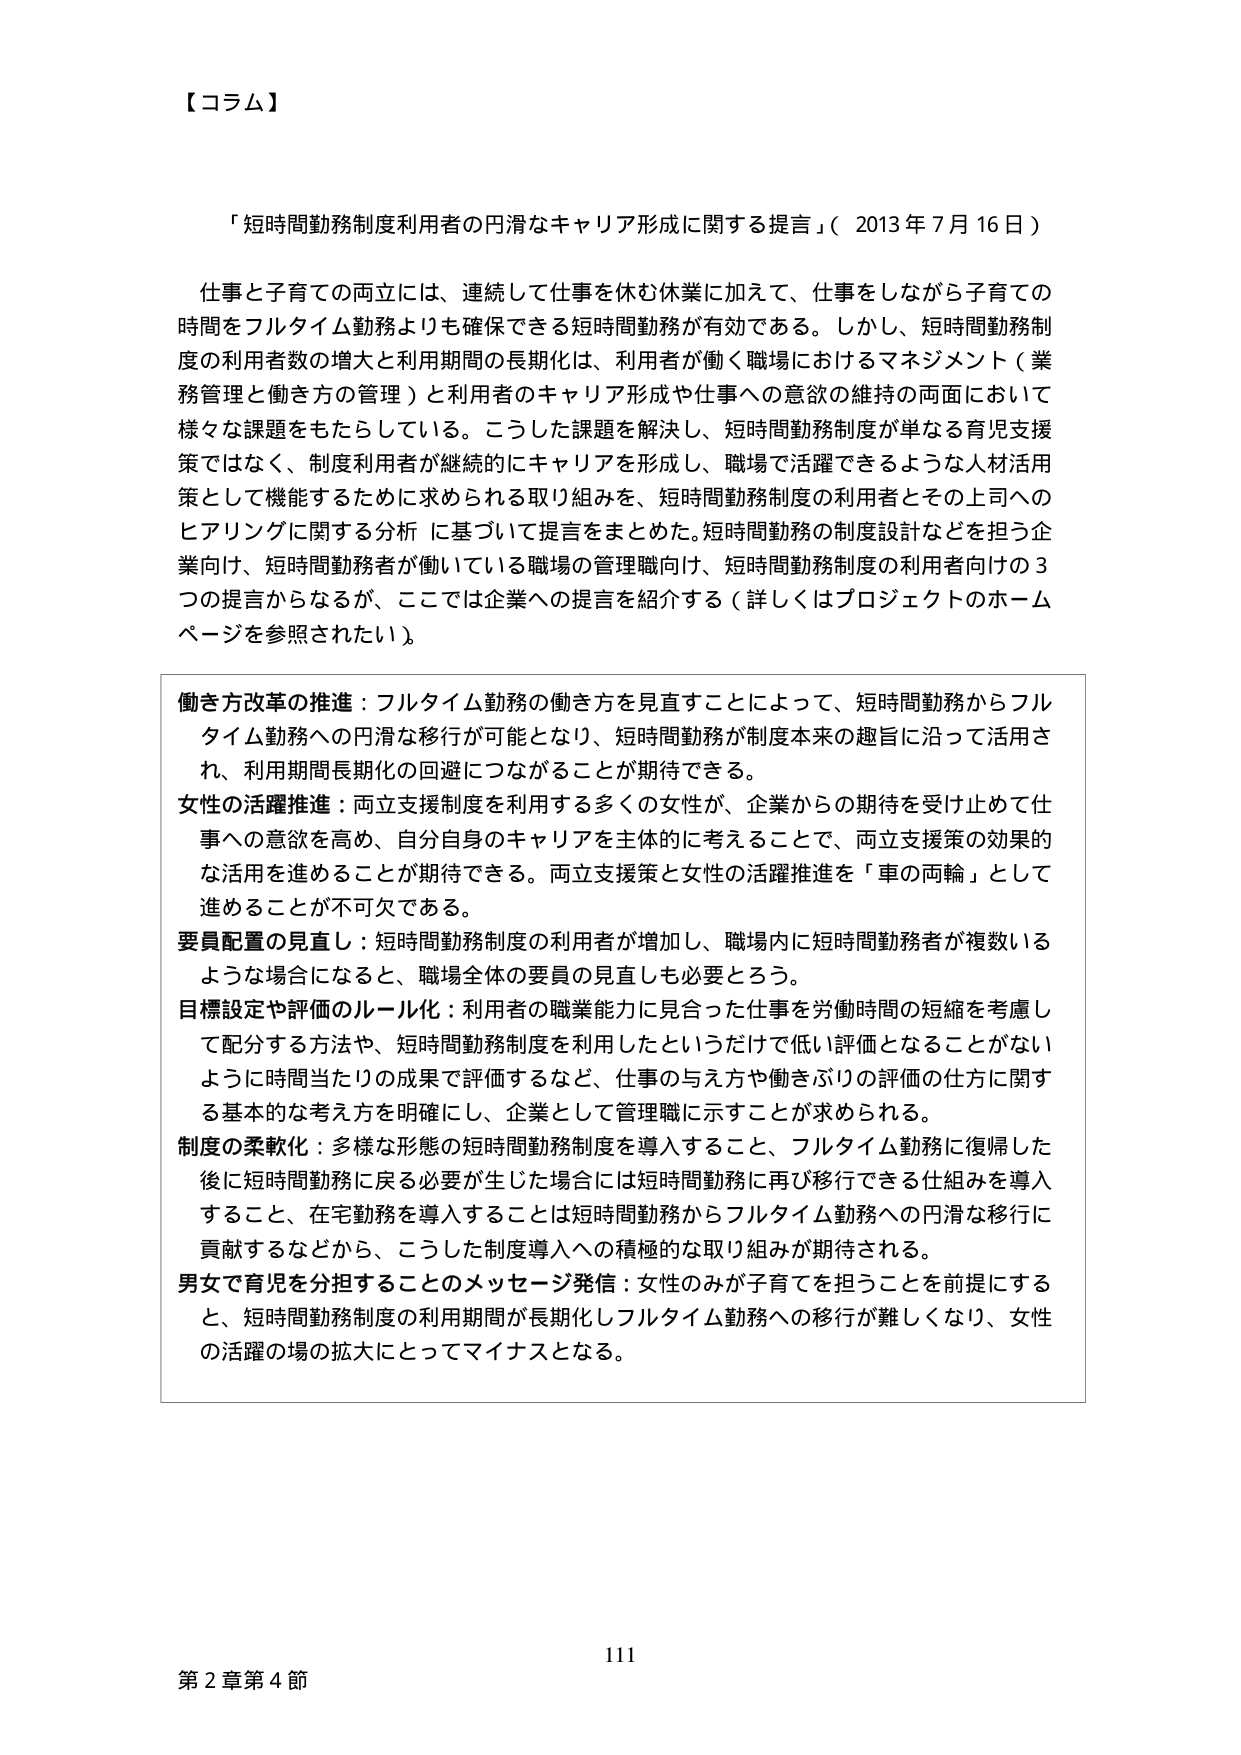
【コラム】

「短時間勤務制度利用者の円滑なキャリア形成に関する提言」（2013年7月16日）

仕事と子育ての両立には、連続して仕事を休む休業に加えて、仕事をしながら子育ての時間をフルタイム勤務よりも確保できる短時間勤務が有効である。しかし、短時間勤務制度の利用者数の増大と利用期間の長期化は、利用者が働く職場におけるマネジメント（業務管理と働き方の管理）と利用者のキャリア形成や仕事への意欲の維持の両面において様々な課題をもたらしている。こうした課題を解決し、短時間勤務制度が単なる育児支援策ではなく、制度利用者が継続的にキャリアを形成し、職場で活躍できるような人材活用策として機能するために求められる取り組みを、短時間勤務制度の利用者とその上司へのヒアリングに関する分析に基づいて提言をまとめた。短時間勤務の制度設計などを担う企業向け、短時間勤務者が働いている職場の管理職向け、短時間勤務制度の利用者向けの3つの提言からなるが、ここでは企業への提言を紹介する（詳しくはプロジェクトのホームページを参照されたい）。

働き方改革の推進：フルタイム勤務の働き方を見直すことによって、短時間勤務からフルタイム勤務への円滑な移行が可能となり、短時間勤務が制度本来の趣旨に沿って活用され、利用期間長期化の回避につながることが期待できる。

女性の活躍推進：両立支援制度を利用する多くの女性が、企業からの期待を受け止めて仕事への意欲を高め、自分自身のキャリアを主体的に考えることで、両立支援策の効果的な活用を進めることが期待できる。両立支援策と女性の活躍推進を「車の両輪」として進めることが不可欠である。

要員配置の見直し：短時間勤務制度の利用者が増加し、職場内に短時間勤務者が複数いるような場合になると、職場全体の要員の見直しも必要だろう。

目標設定や評価のルール化：利用者の職業能力に見合った仕事を労働時間の短縮を考慮して配分する方法や、短時間勤務制度を利用したというだけで低い評価となることがないように時間当たりの成果で評価するなど、仕事の与え方や働きぶりの評価の仕方に関する基本的な考え方を明確にし、企業として管理職に示すことが求められる。

制度の柔軟化：多様な形態の短時間勤務制度を導入すること、フルタイム勤務に復帰した後に短時間勤務に戻る必要が生じた場合には短時間勤務に再び移行できる仕組みを導入すること、在宅勤務を導入することは短時間勤務からフルタイム勤務への円滑な移行に貢献するなどから、こうした制度導入への積極的な取り組みが期待される。

男女で育児を分担することのメッセージ発信：女性のみが子育てを担ることを前提にすると、短時間勤務制度の利用期間が長期化しフルタイム勤務への移行が難しくなり、女性の活躍の場の拡大にとってマイナスとなる。

111

第2章第4節